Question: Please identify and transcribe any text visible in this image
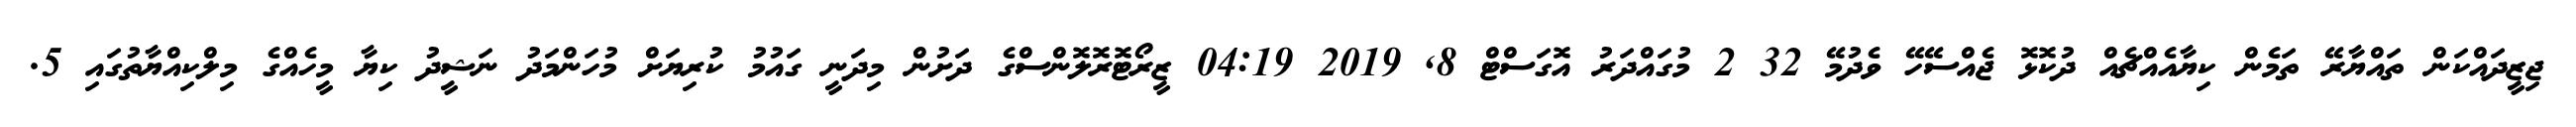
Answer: ޖިޒީދައްކަން ތައްޔާރޭ ތަމެން ކިޔާއެއްޗެއް ދުކޮޅޮ ޖެއްސޭހޭ ވެދުމޭ 32 2 މުގައްދަރު އޮގަސްޓް 8, 2019 04:19 ޒީރޯޓޮރޮލޮންސްގެ ދަށުން މިދަނީ ގައުމު ކުރިޔަށް މުހަންމަދު ނަޝީދު ކިޔާ މީހެއްގެ މިލްކިއްޔާތުގައި 5.